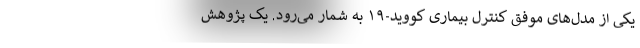
یکی از مدل‌های موفق کنترل بیماری کووید-۱۹ به شمار می‌رود. یک پژوهش